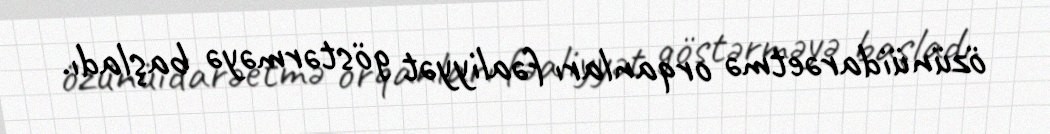
özünüidarəetmə orqanları fəaliyyət göstərməyə başladı.